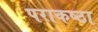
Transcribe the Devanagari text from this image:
पराकष्ठा